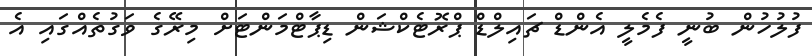
ފުލުހުން ބުނީ ފެމެލީ އެންޑް ޗައިލްޑް ޕްރޮޓެކްޝަން ޑިޕާޓްމަންޓަށް މިރޭގެ ވަގުތެއްގައި އެ